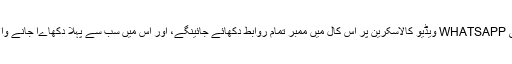
آپ جب کوئی گروپ ویڈیو کال موصول کرینگے تو آتی ہوئی WHATSAPP ویڈیو کالاسکرین پر اس کال میں ممبر تمام روابط دکھائے جائینگے، اور اس میں سب سے پہلا دکھاےا جانے والا رابطہ وہ ہوگا، جس نے آپ کو اس کال میں شامل کیا ہوگا۔